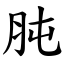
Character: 肫